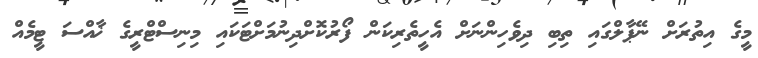
މީގެ އިތުރަށް ނޭޕާލްގައި ތިބި ދިވެހިންނަށް އެހީތެރިކަން ފޯރުކޮށްދިނުމަށްޓަކައި މިނިސްޓްރީގެ ޚާއްސަ ޓީމެއް